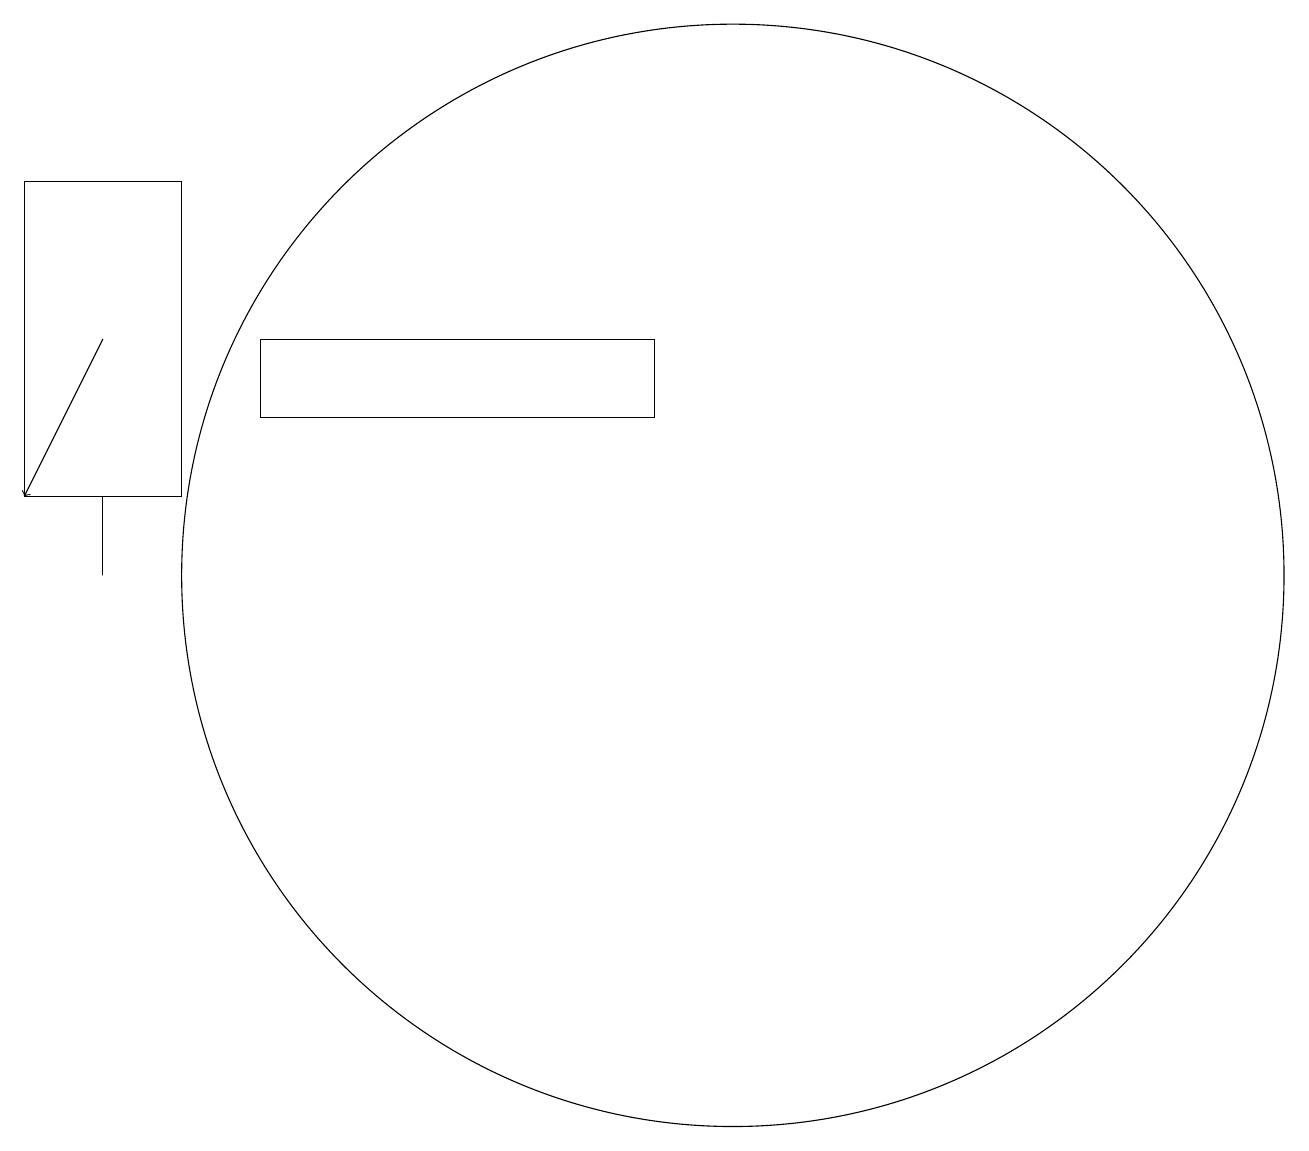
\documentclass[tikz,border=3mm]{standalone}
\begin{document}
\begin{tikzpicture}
\draw (9,12) rectangle (4,13);
\draw (10,10) circle (7);
\draw (2,11) rectangle (2,10);
\draw[->] (2,13) -- (1,11);
\draw (3,15) rectangle (1,11);
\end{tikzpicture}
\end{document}